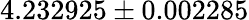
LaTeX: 4.232925\pm 0.002285